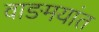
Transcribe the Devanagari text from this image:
वाङमयांत